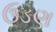
ઉડણ